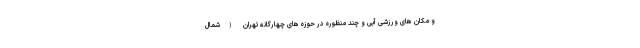
و مکان های ورزشی آبی و چند منظوره در حوزه های چهارگانه تهران (شمال